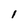
Character: 1